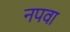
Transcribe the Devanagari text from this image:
नपवा